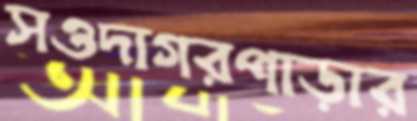
সওদাগরপাড়ার